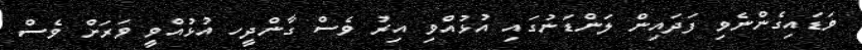
ވަޑައިގެންނެވި ފަދައިން ލަންޑަނުގައި އުޅުއްވި އިރު ވެސް ގާންދީހ އުޅުއްވީ ވަރަށް ވެސް